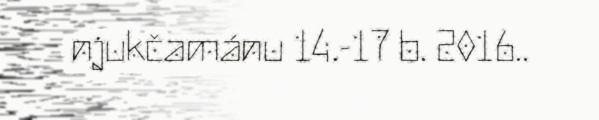
njukčamánu 14.-17 b. 2016..